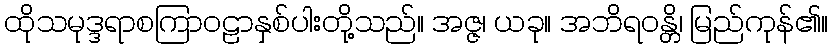
ထိုသမုဒ္ဒရာစကြာဝဠာနှစ်ပါးတို့သည်။ အဇ္ဇ၊ ယခု။ အဘိရဝန္တိ၊ မြည်ကုန်၏။